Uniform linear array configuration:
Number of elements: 16
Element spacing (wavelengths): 0.5
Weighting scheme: exponential
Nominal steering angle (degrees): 15
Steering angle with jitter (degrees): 13.474
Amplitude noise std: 0.05
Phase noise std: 0.05

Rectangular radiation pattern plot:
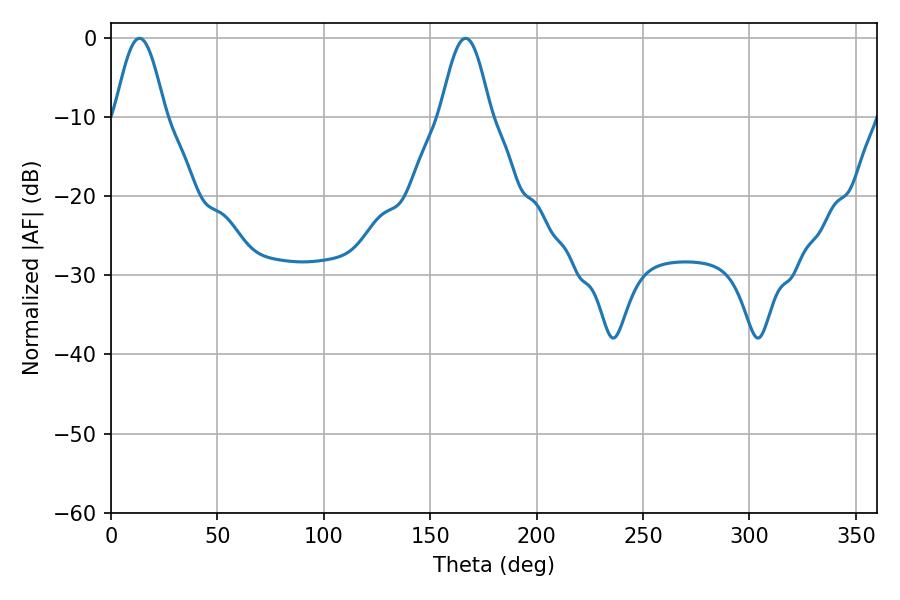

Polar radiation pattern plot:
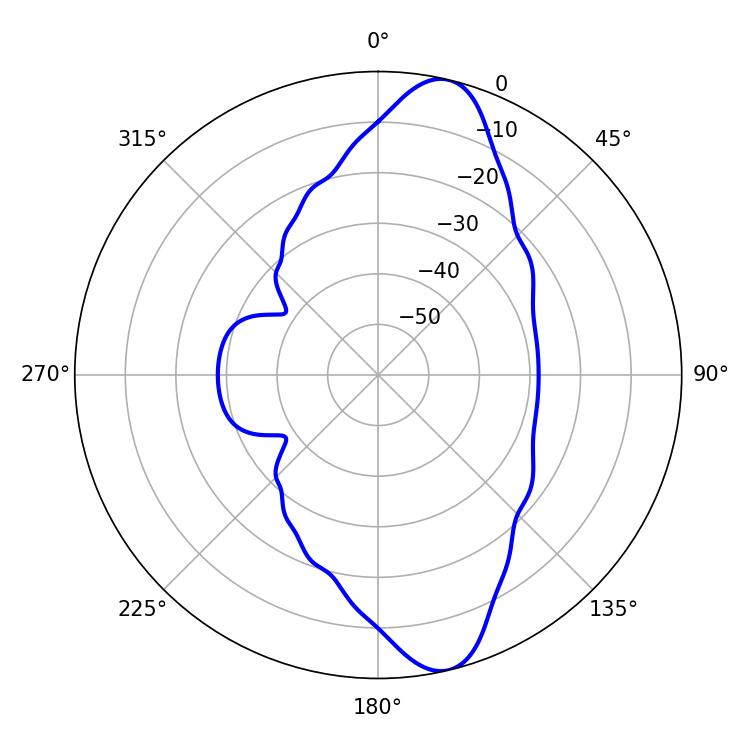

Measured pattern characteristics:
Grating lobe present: FALSE
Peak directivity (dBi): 12.088
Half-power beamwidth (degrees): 12.6
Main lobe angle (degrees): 13.32